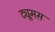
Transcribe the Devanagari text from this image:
ट्यूमस